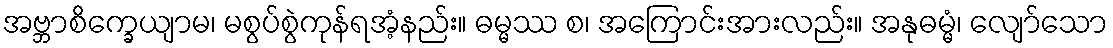
အဗ္ဘာစိက္ခေယျာမ၊ မစွပ်စွဲကုန်ရအံ့နည်း။ ဓမ္မဿ စ၊ အကြောင်းအားလည်း။ အနုဓမ္မံ၊ လျော်သော